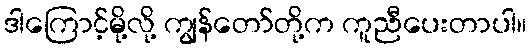
ဒါကြောင့်မို့လို့ ကျွန်တော်တို့က ကူညီပေးတာပါ။